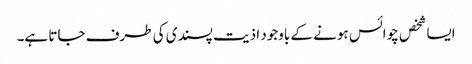
ایسا شخص چوائس ہونے کے باوجود اذیت پسندی کی طرف جاتا ہے۔